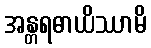
အန္တရဓာယိဿာမိ